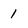
Character: 1